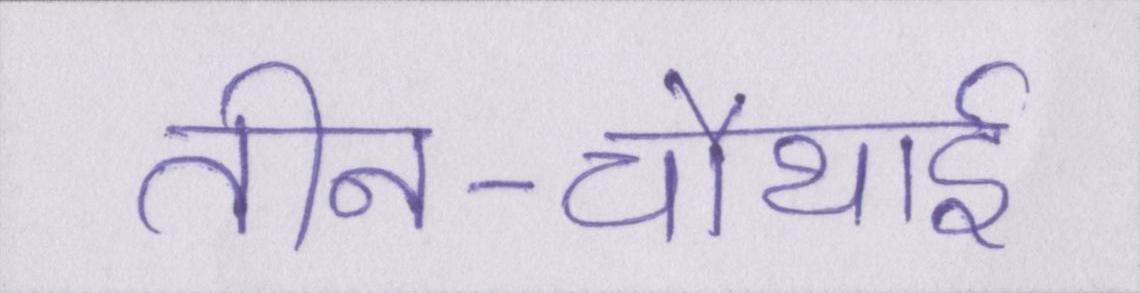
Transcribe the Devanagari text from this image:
तीन-चौथाई